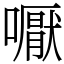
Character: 嚈